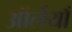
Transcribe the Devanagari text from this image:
ऑर्लेयाँ